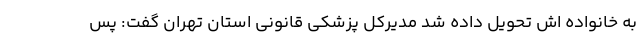
به خانواده اش تحویل داده شد مدیرکل پزشکی قانونی استان تهران گفت: پس